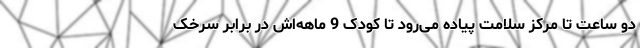
دو ساعت تا مرکز سلامت پیاده می‌رود تا کودک 9 ماهه‌اش در برابر سرخک